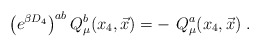
\begin{align*}\left( e^{\beta D_4} \right)^{ab}Q^b_\mu(x_4,{\vec x}) = - \ Q^a_\mu(x_4,{\vec x})\; .\end{align*}